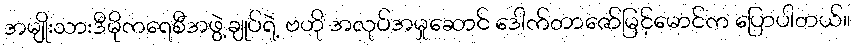
အမျိုးသားဒီမိုကရေစီအဖွဲ့ချုပ်ရဲ့ ဗဟို အလုပ်အမှုဆောင် ဒေါက်တာဇော်မြင့်မောင်က ပြောပါတယ်။